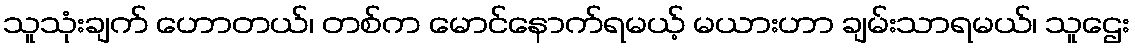
သူသုံးချက် ဟောတယ်၊ တစ်က မောင်နောက်ရမယ့် မယားဟာ ချမ်းသာရမယ်၊ သူဌေး